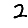
Digit: 2